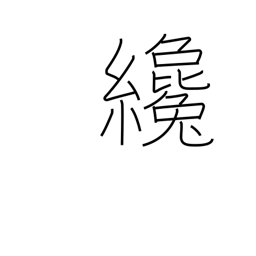
Meaning: a little